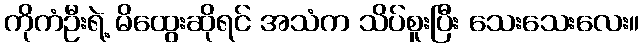
ကိုကံဦးရဲ့ မိထွေးဆိုရင် အသံက သိပ်စူးပြီး သေးသေးလေး။